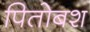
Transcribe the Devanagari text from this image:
पितोबश